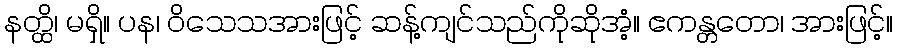
နတ္ထိ၊ မရှိ။ ပန၊ ဝိသေသအားဖြင့် ဆန့်ကျင်သည်ကိုဆိုအံ့။ ဧကန္တတော၊ အားဖြင့်။